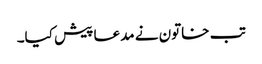
تب خاتون نے مدعا پیش کیا۔